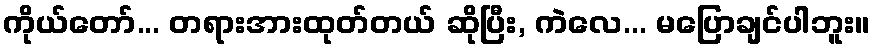
ကိုယ်တော်... တရားအားထုတ်တယ် ဆိုပြီး, ကဲလေ... မပြောချင်ပါဘူး။